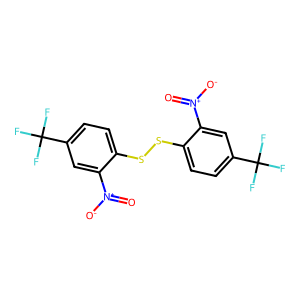
SMILES: O=[N+]([O-])c1cc(C(F)(F)F)ccc1SSc1ccc(C(F)(F)F)cc1[N+](=O)[O-]
Inhibits HIV replication: No